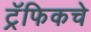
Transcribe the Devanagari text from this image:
ट्रॅफिकचे